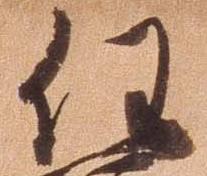
任